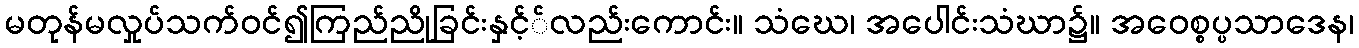
မတုန်မလှုပ်သက်ဝင်၍ကြည်ညိုခြင်းနှင့််လည်းကောင်း။ သံဃေ၊ အပေါင်းသံဃာ၌။ အဝေစ္စပ္ပသာဒေန၊